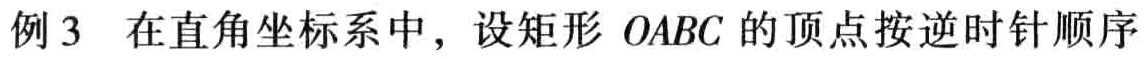
例3 在直角坐标系中，设矩形 \(OABC\) 的顶点按逆时针顺序